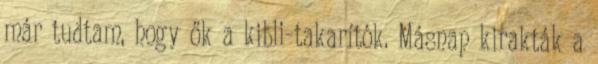
már tudtam, hogy ők a kibli-takarítók. Másnap kirakták a